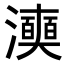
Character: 𭳞